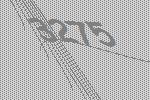
3275